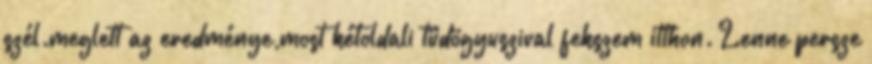
szél.meglett az eredménye,most kétoldali tüdögyuszival fekszem itthon. Lenne persze